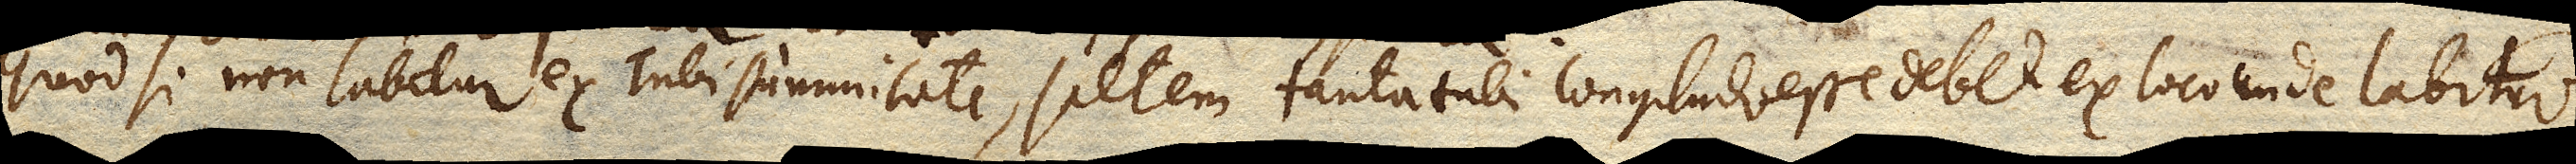
Quod si non labitur ex Tubi summitate, saltem tanta tubi longitudo esse debet ex loco unde labitur